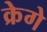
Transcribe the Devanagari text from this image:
क्रेगे